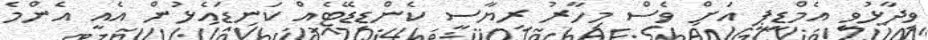
ވިދާޅުވީ އެމްޑީޕީ އަށް ވެސް މިހާރު ރިޔާސީ ކެންޑިޑޭޓެއް ކަނޑައެޅުން އެއީ އެންމެ